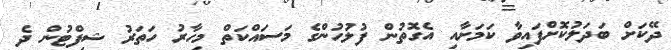
ދޭކަށް ބަދަލުކޮށްފައިވާ ކަމަށާއި އެގޮތުން ފުލުހުންގެ މަސައްކަތް މިހާރު ހަތަރު ޝިފްޓުން ދެ